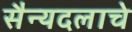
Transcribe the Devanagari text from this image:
सैन्यदलाचे